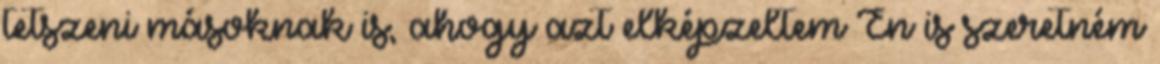
tetszeni másoknak is, ahogy azt elképzeltem Én is szeretném